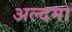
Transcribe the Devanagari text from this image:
अल्दमा